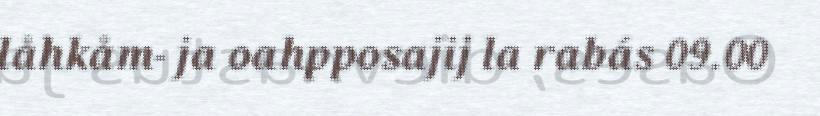
låhkåm- ja oahpposajij la rabás 09.00